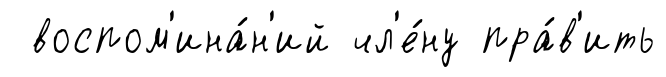
воспом'ина́н'ий чл'е́ну пра́в'ить